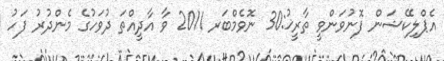
އެޕްލިކޭޝަން ފޮނުވަންވީ ތާރީޚު:30 ނޮވެމްބަރ 2011 ވާ އާދީއްތަ ދުވަހުގެ މެންދުރު ފަހު